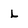
Character: L